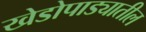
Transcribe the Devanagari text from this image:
खेडोपाड्यातील